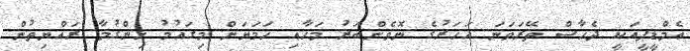
އެމްޑީޕީއަކީ ދެހާސް ތޭރަވަނަ އަހަރުގެ ނޮވެންބަރު މަހާއި ހަމަޔަށް މިގައުމު ހިންގުމާ ރައްޔިތުން